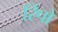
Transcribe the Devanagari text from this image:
रिपो